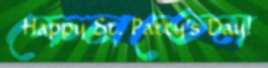
ফেলতেম